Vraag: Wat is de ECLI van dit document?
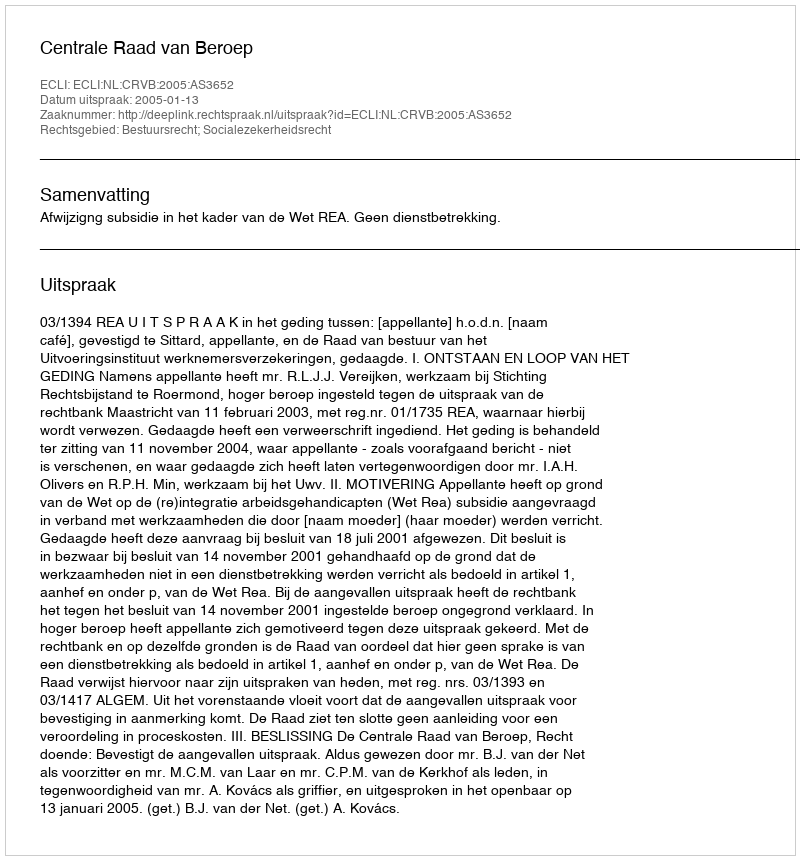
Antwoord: ECLI:NL:CRVB:2005:AS3652